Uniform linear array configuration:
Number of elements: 32
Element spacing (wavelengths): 0.5
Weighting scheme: hamming
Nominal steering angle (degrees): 15
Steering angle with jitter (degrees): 14.003
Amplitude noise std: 0.05
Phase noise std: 0.05

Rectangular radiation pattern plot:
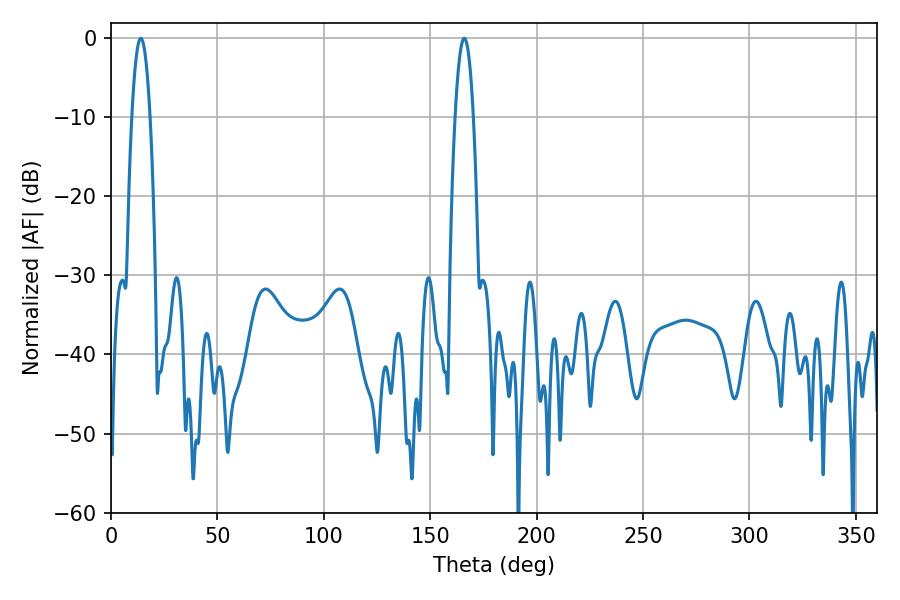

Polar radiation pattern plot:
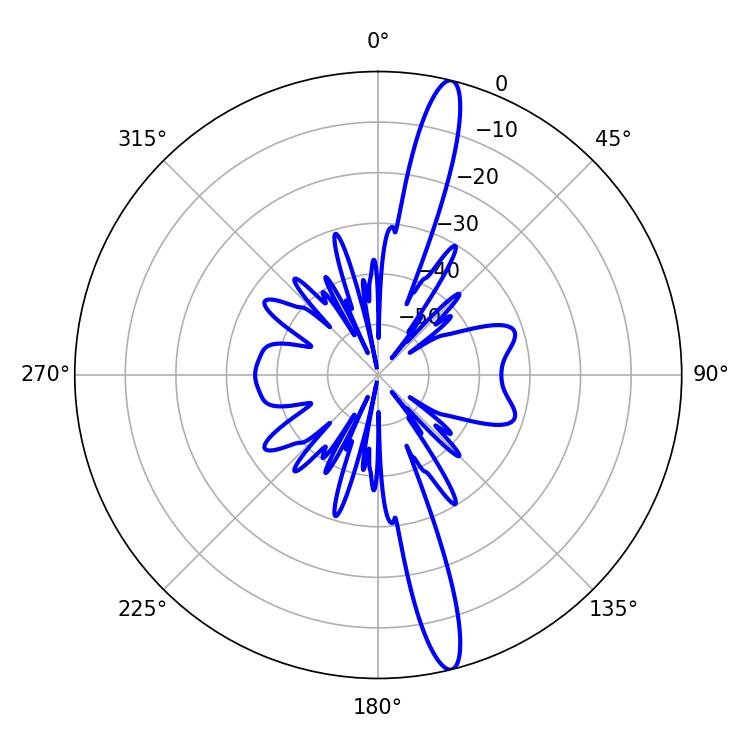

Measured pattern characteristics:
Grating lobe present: FALSE
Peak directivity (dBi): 16.639
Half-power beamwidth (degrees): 4.68
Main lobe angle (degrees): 14.04